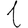
Digit: 1